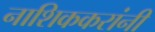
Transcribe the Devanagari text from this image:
नाशिककरांनी